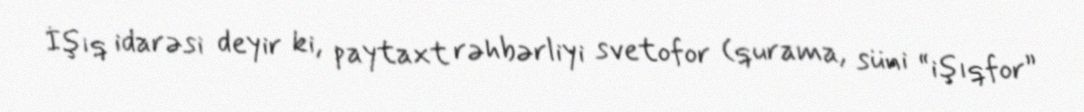
İşıq idarəsi deyir ki, paytaxt rəhbərliyi svetofor (qurama, süni “işıqfor”